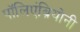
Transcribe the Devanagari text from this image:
पॉलिएंब्रियोनी